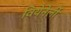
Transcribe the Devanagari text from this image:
वियेनेर्ली